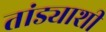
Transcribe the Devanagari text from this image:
तांड्याशी